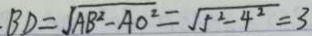
B D = \sqrt { A B ^ { 2 } - A O ^ { 2 } } = \sqrt { 5 ^ { 2 } - 4 ^ { 2 } } = 3